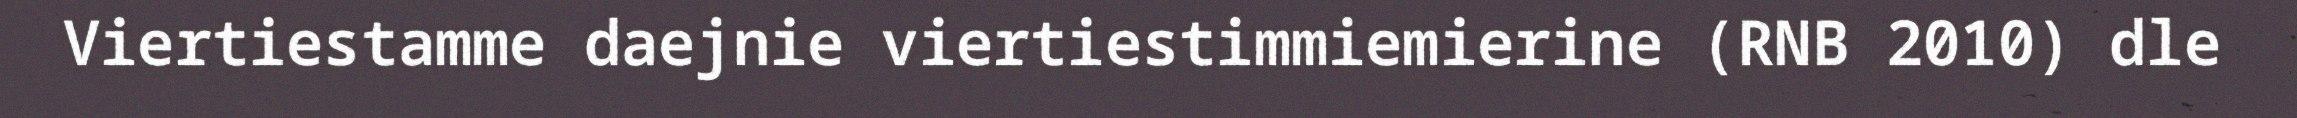
Viertiestamme daejnie viertiestimmiemierine (RNB 2010) dle